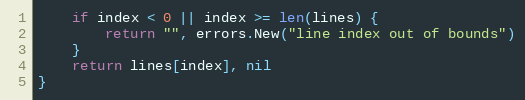
Language: Go
	if index < 0 || index >= len(lines) {
		return "", errors.New("line index out of bounds")
	}
	return lines[index], nil
}